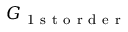
G _ { \mathrm { ~ 1 ~ s ~ t ~ o ~ r ~ d ~ e ~ r ~ } }